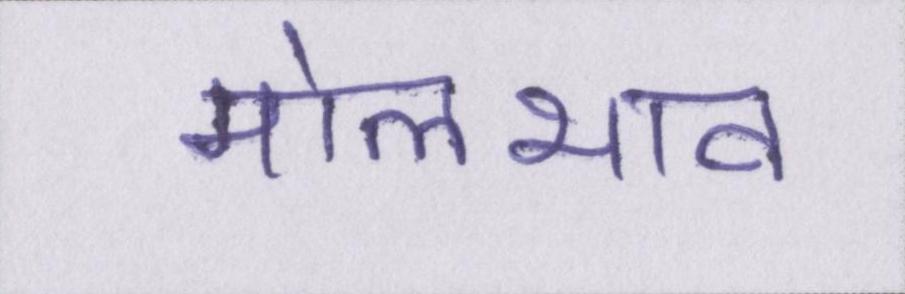
मोलभाव